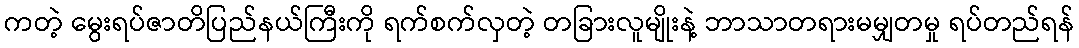
ကတဲ့ မွေးရပ်ဇာတိပြည်နယ်ကြီးကို ရက်စက်လှတဲ့ တခြားလူမျိုးနဲ့ ဘာသာတရားမမျှတမှု ရပ်တည်ရန်